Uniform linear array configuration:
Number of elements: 12
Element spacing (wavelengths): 0.75
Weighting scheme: hann
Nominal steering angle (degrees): -60
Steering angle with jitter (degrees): -58.587
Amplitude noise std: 0.05
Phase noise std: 0.05

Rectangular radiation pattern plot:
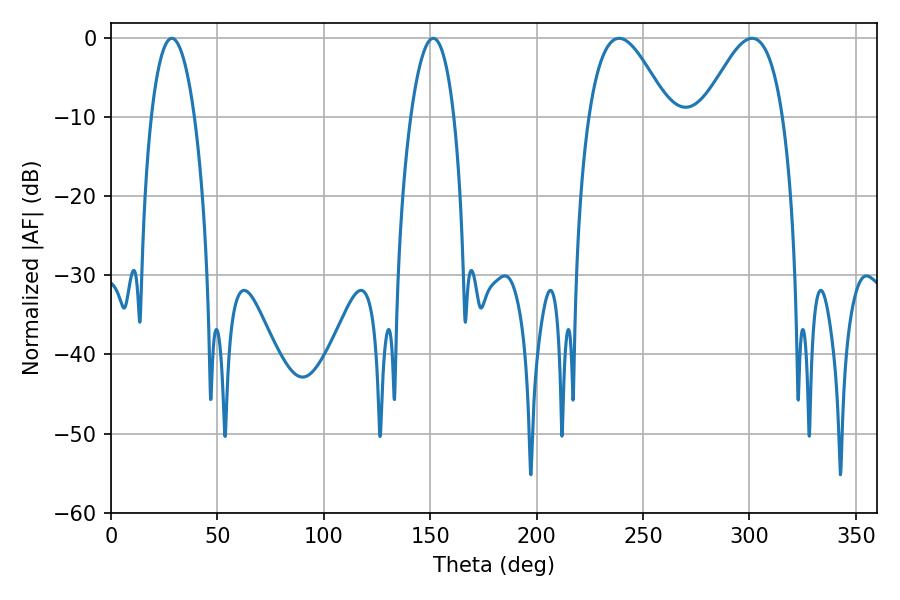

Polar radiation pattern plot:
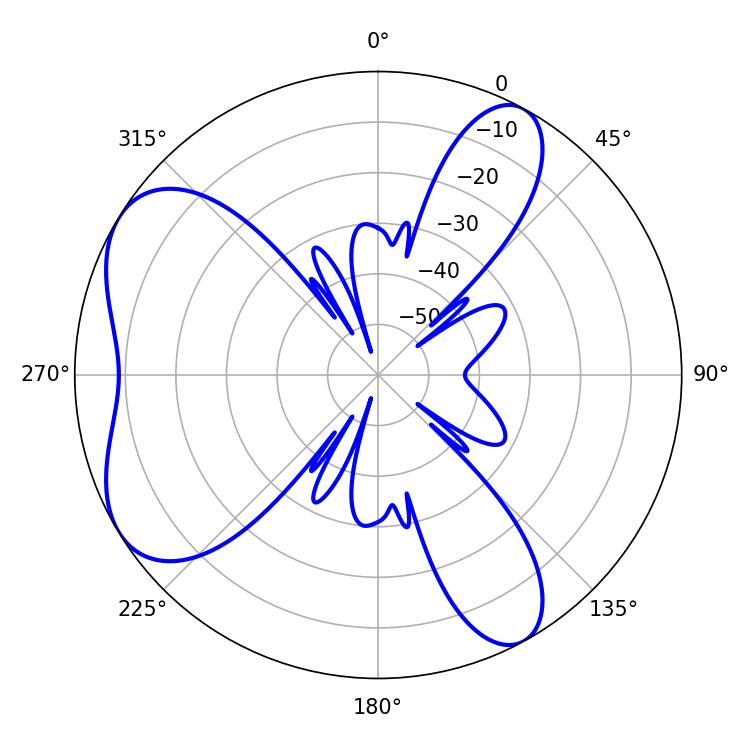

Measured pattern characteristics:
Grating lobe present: TRUE
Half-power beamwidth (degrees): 11.34
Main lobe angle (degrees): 28.62